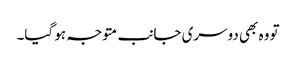
تو وہ بھی دوسری جانب متوجہ ہو گیا۔